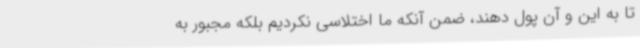
تا به این و آن پول دهند، ضمن آنکه ما اختلاسی نکردیم بلکه مجبور به